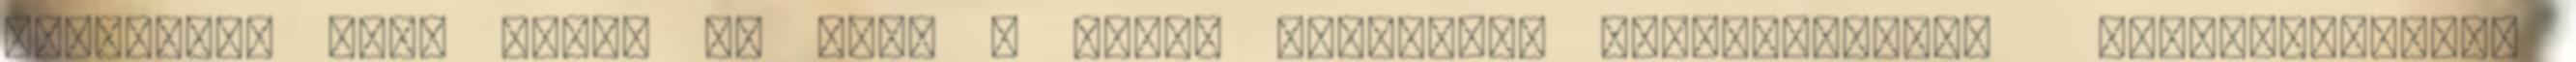
migráció, azon belül is azok a főleg hondurasi menekültekből bevándorlókból